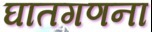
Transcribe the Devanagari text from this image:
घातगणना